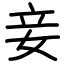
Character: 妾